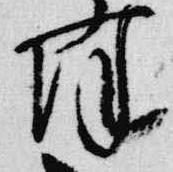
降